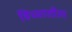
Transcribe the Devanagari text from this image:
हिच्यातील